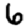
Digit: 6